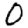
Digit: 0